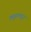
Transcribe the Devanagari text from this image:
क्यूबामधून